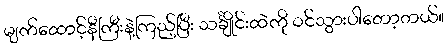
မျက်ထောင့်နီကြီးနဲ့ကြည့်ပြီး သင်္ချိုင်းထဲကို ဝင်သွားပါတော့တယ်။